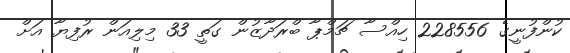
ކުންފުނީގެ 228556 ހިއްސާ ޗަމްޕާ ބްރަދާޒުން ގަތީ 33 މިލިއަން ރުފިޔާ އަށް